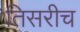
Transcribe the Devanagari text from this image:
तिसरीच